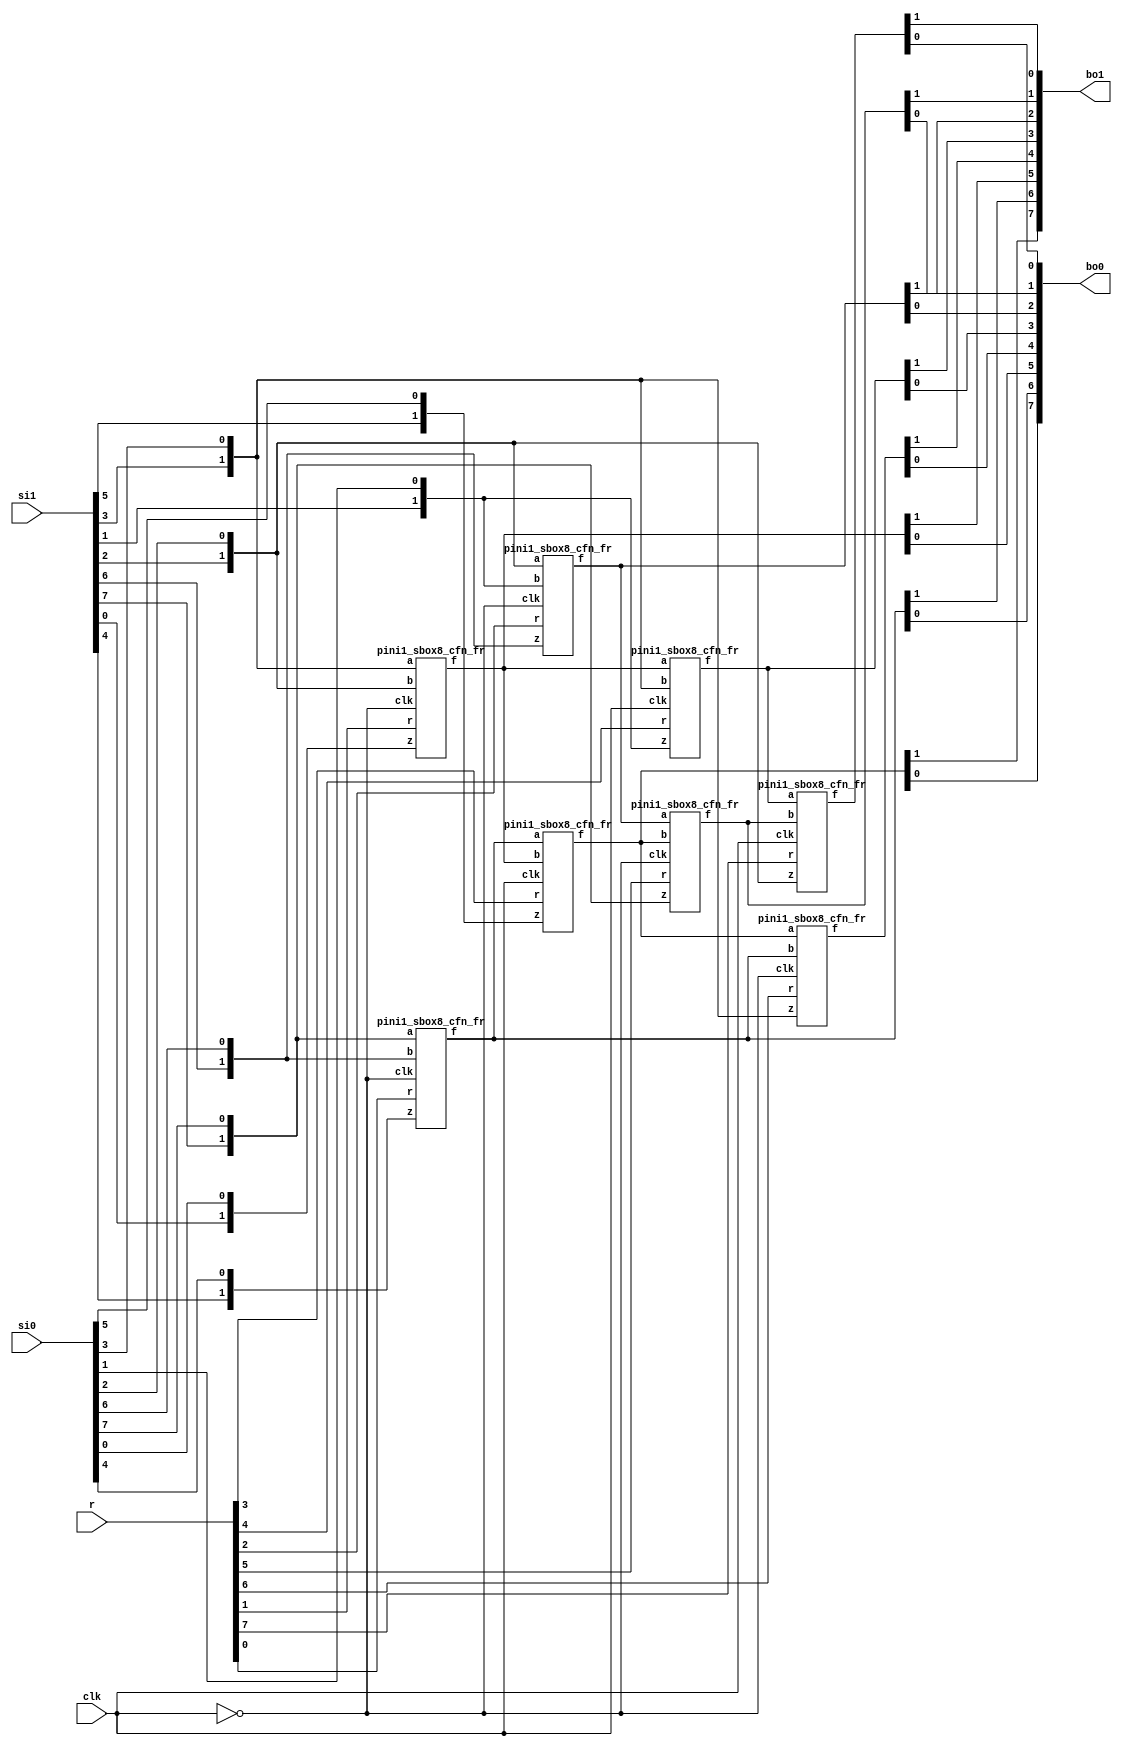
/*
 Designer: Mustafa Khairallah
 Nanyang Technological University
 Singapore
 Date: July, 2021
 */

// The DOM-dep multiplier based sbox8 with registered
// shares. Takes 4 cycles. Non-pipelined, so the input
// must remain stable for 4 cycles, including the 
// refreshing mask r.
module skinny_sbox8_pini1_non_pipelined_de (/*AUTOARG*/
   // Outputs
   bo1, bo0,
   // Inputs
   si1, si0, r, clk
   ) ;
   (*equivalent_register_removal = "no" *)output [7:0] bo1; // share 1
   (*equivalent_register_removal = "no" *)output [7:0] bo0; // share 0

   (*equivalent_register_removal = "no" *)input [7:0] 	si1; // share 1
   (*equivalent_register_removal = "no" *)input [7:0] 	si0; // share 0
   (*equivalent_register_removal = "no" *)input [7:0]  r;   // refreshing mask
   (*equivalent_register_removal = "no" *)input        clk;
   
   wire [1:0]   bi7;
   wire [1:0]   bi6;
   wire [1:0]   bi5;
   wire [1:0]   bi4;
   wire [1:0]   bi3;
   wire [1:0]   bi2;
   wire [1:0]   bi1;
   wire [1:0]   bi0;

   wire [1:0]   a7;
   wire [1:0]   a6;
   wire [1:0]   a5;
   wire [1:0]   a4;
   wire [1:0]   a3;
   wire [1:0]   a2;
   wire [1:0]   a1;
   wire [1:0]   a0;
 
   assign bi0 = {si1[0],si0[0]};
   assign bi1 = {si1[1],si0[1]};
   assign bi2 = {si1[2],si0[2]};
   assign bi3 = {si1[3],si0[3]};
   assign bi4 = {si1[4],si0[4]};
   assign bi5 = {si1[5],si0[5]};
   assign bi6 = {si1[6],si0[6]};
   assign bi7 = {si1[7],si0[7]};
   
   (*equivalent_register_removal = "no" *)pini1_sbox8_cfn_fr b764 (a0,bi7,bi6,bi4,r[0],~clk);
   (*equivalent_register_removal = "no" *)pini1_sbox8_cfn_fr b320 (a1,bi3,bi2,bi0,r[1],~clk);
   (*equivalent_register_removal = "no" *)pini1_sbox8_cfn_fr b216 (a2,bi2,bi1,bi6,r[2],~clk);
   (*equivalent_register_removal = "no" *)pini1_sbox8_cfn_fr b015 (a3,a0, a1, bi5,r[3],clk);
   (*equivalent_register_removal = "no" *)pini1_sbox8_cfn_fr b131 (a4,a1, bi3,bi1,r[4],clk);
   (*equivalent_register_removal = "no" *)pini1_sbox8_cfn_fr b237 (a5,a2, a3, bi7,r[5],~clk);
   (*equivalent_register_removal = "no" *)pini1_sbox8_cfn_fr b303 (a6,a3, a0, bi3,r[6],~clk);
   (*equivalent_register_removal = "no" *)pini1_sbox8_cfn_fr b422 (a7,a4, a5, bi2,r[7],clk);

   assign {bo1[6],bo0[6]} = a0;
   assign {bo1[5],bo0[5]} = a1;
   assign {bo1[2],bo0[2]} = a2;
   assign {bo1[7],bo0[7]} = a3;
   assign {bo1[3],bo0[3]} = a4;
   assign {bo1[1],bo0[1]} = a5;
   assign {bo1[4],bo0[4]} = a6;
   assign {bo1[0],bo0[0]} = a7;
   
endmodule // skinny_sbox8_pini1_non_pipelined

module pini1_sbox8_cfn_fr (/*AUTOARG*/
   // Outputs
   f,
   // Inputs
   a, b, z, r, clk
   ) ;
   (*equivalent_register_removal = "no" *)output [1:0]        f;
   (*equivalent_register_removal = "no" *)input [1:0]         a, b, z;
   (*equivalent_register_removal = "no" *)input  	       r;
   (*equivalent_register_removal = "no" *)input 	       clk;
   wire [1:0] 	       x, y;	      
   (*equivalent_register_removal = "no" *)reg [1:0] 	       g, t, m;
   assign x = {a[1],~a[0]};
   assign y = {b[1],~b[0]};
   always @ (posedge clk) begin
      g[1] <= (y[0] ^ r);
      g[0] <= (y[1] ^ r);      
   end
   always @(posedge clk) begin
      t[1] <= (~x[1])&r;
      t[0] <= (~x[0])&r;

      m[1] <= (x[1]&y[1])^z[1];
      m[0] <= (x[0]&y[0])^z[0];     
   end

   assign f[1] = (x[1]&g[1])^t[1]^m[1];   
   assign f[0] = (x[0]&g[0])^t[0]^m[0];
   
endmodule // pini1_sbox8_cfn_fr